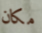
مكان